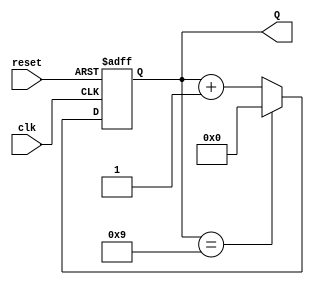
module bcd_counter (
    input wire clk,         // Clock signal
    input wire reset,       // Asynchronous reset signal
    output reg [3:0] Q      // 4-bit output for BCD count
);

// Always block triggered on the rising edge of the clock or the reset signal
always @(posedge clk or posedge reset) begin
    if (reset) begin
        Q <= 4'b0000;      // Reset the counter to 0
    end else begin
        if (Q == 4'b1001) begin
            Q <= 4'b0000;  // Reset to 0 if count reaches 9
        end else begin
            Q <= Q + 1;    // Increment the counter
        end
    end
end

endmodule